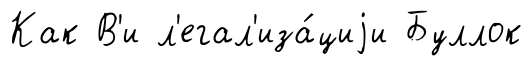
Как В'и л'егал'иза́циjи Буллок